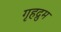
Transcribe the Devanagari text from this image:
गृहद्रुम